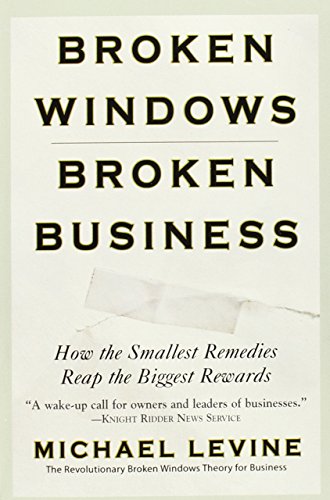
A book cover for Broken Windows, Broken Business: How the Smallest Remedies Reap the Biggest Rewards; Michael Levine; Business & Money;